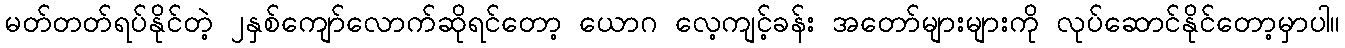
မတ်တတ်ရပ်နိုင်တဲ့ ၂နှစ်ကျော်လောက်ဆိုရင်တော့ ယောဂ လေ့ကျင့်ခန်း အတော်များများကို လုပ်ဆောင်နိုင်တော့မှာပါ။